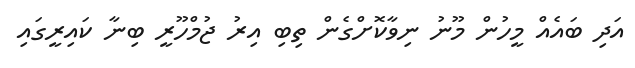
އަދި ބައެއް މީހުން މޫނު ނިވާކޮށްގެން ތިބި އިރު ޖުމްހޫރީ ބިނާ ކައިރީގައި